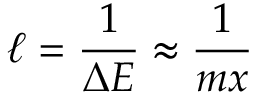
\ell = \frac { 1 } { \Delta E } \approx \frac { 1 } { m x }